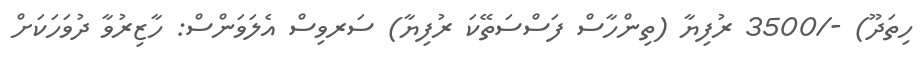
ހިތަދޫ) -/3500 ރުފިޔާ (ތިންހާސް ފަސްސަތޭކަ ރުފިޔާ) ސަރވިސް އެލަވަންސް: ހާޒިރުވާ ދުވަހަކަށް